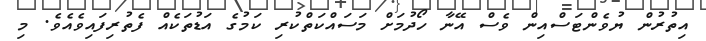
އިތުރުން ޔުވެންޓަސްއިން ވެސް އޭނާ ހޯދުމަށް މަސައްކަތްކުރި ކަމުގެ އަޑުތަކެއް ފެތުރިފައިވެއެވެ. މި